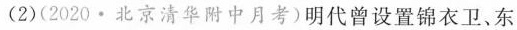
(2)(2020·北京清华附中月考)明代曾设置锦衣卫、东